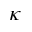
\kappa